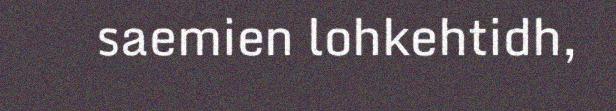
saemien lohkehtidh,